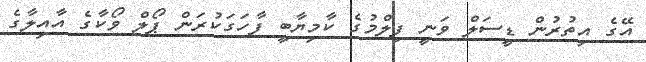
އޭގެ އިތުރުން ޑީސަލް ވަނީ ފިލްމުގެ ކާމިޔާބީ ފާހަގަކުރަން ޕޯލް ވޯކާގެ އާއިލާގެ